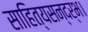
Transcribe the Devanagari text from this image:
साहित्यसन्दर्भ।